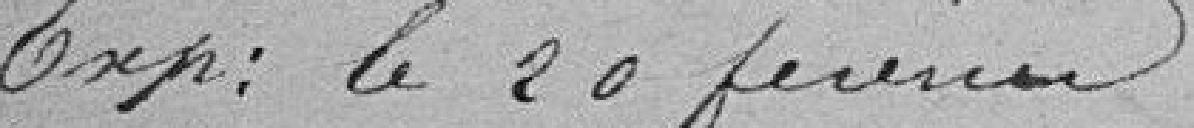
Exp : le 20 février.